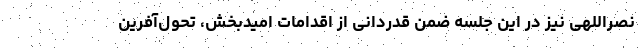
نصراللهی نیز در این جلسه ضمن قدردانی از اقدامات امیدبخش، تحول‌آفرین